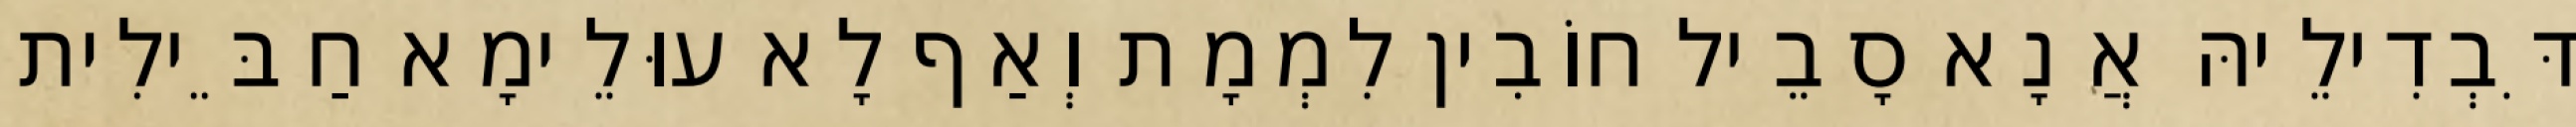
דִּבְדִילֵיהּ אֲנָא סָבֵיל חוֹבִין לִמְמָת וְאַף לָא עוּלֵימָא חַבֵּילִית